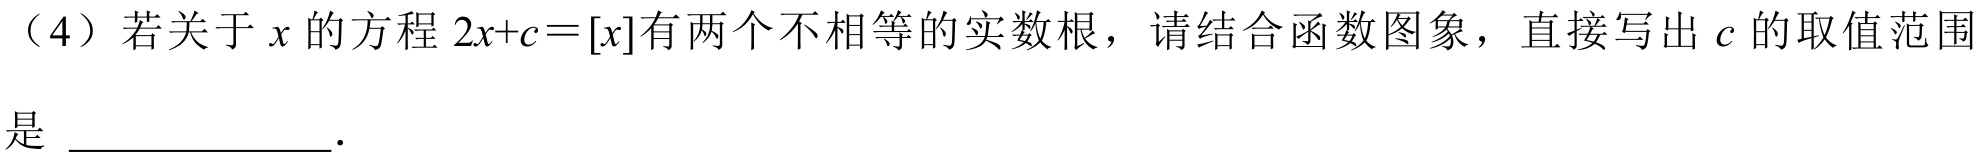
（4）若关于\(x\)的方程\(2x + c=[x]\)有两个不相等的实数根，请结合函数图象，直接写出\(c\)的取值范围
是 \_\_\_\_\_\_\_\_．